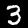
Label: 3